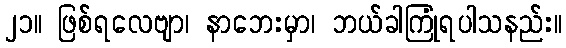
၂၁။ ဖြစ်ရလေဗျာ၊ နာဘေးမှာ၊ ဘယ်ခါကြုံရပါသနည်း။